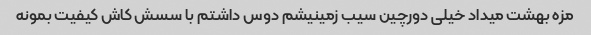
مزه بهشت میداد خیلی دورچین سیب زمینیشم دوس داشتم با سسش کاش کیفیت بمونه